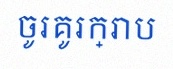
ចូរគូរក្រាប